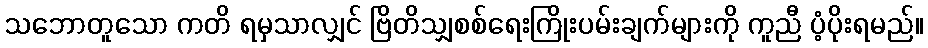
သဘောတူသော ကတိ ရမှသာလျှင် ဗြိတိသျှစစ်ရေးကြိုးပမ်းချက်များကို ကူညီ ပံ့ပိုးရမည်။